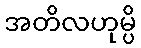
အတိလဟုမ္ပိ